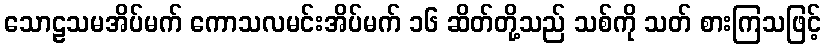
သောဠသမအိပ်မက် ကောသလမင်းအိပ်မက် ၁၆ ဆိတ်တို့သည် သစ်ကို သတ် စားကြသဖြင့်